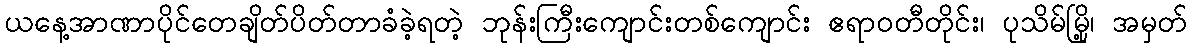
ယနေ့အာဏာပိုင်တေချိတ်ပိတ်တာခံခဲ့ရတဲ့ ဘုန်းကြီးကျောင်းတစ်ကျောင်း ဧရာဝတီတိုင်း၊ ပုသိမ်မြို့၊ အမှတ်